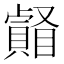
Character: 𥌄